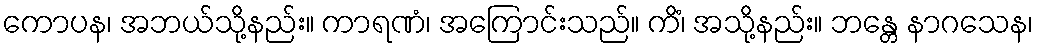
ကောပန၊ အဘယ်သို့နည်း။ ကာရဏံ၊ အကြောင်းသည်။ ကိံ၊ အသို့နည်း။ ဘန္တေ နာဂသေန၊